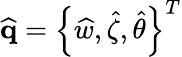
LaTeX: \widehat{\mathbf{q}}=\left\{ \widehat{w},\widehat{\zeta},\widehat{\theta}\right\} ^{T}